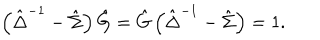
\left( \hat { \Delta } ^ { - 1 } - \hat { \Sigma } \right) \hat { G } = \hat { G } \left( \hat { \Delta } ^ { - 1 } - \hat { \Sigma } \right) = 1 .